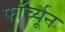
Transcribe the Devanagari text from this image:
फॉर्च्‍यून